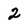
Character: 2